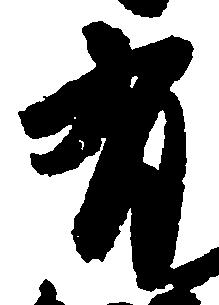
有